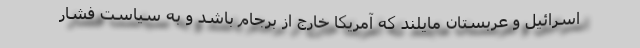
اسرائیل و عربستان مایلند که آمریکا خارج از برجام باشد و به سیاست فشار